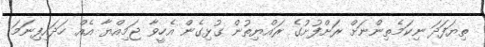
ތިޔަފަދަ ނިކަމެތިންނަށް ރަށްފުށުގެ ރައްޔިތުން ގުޅިގެން އެހީވާ ޖަމިއްޔާ އެއް ހަދައިފިނަމަ